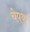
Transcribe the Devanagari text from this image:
चेपक